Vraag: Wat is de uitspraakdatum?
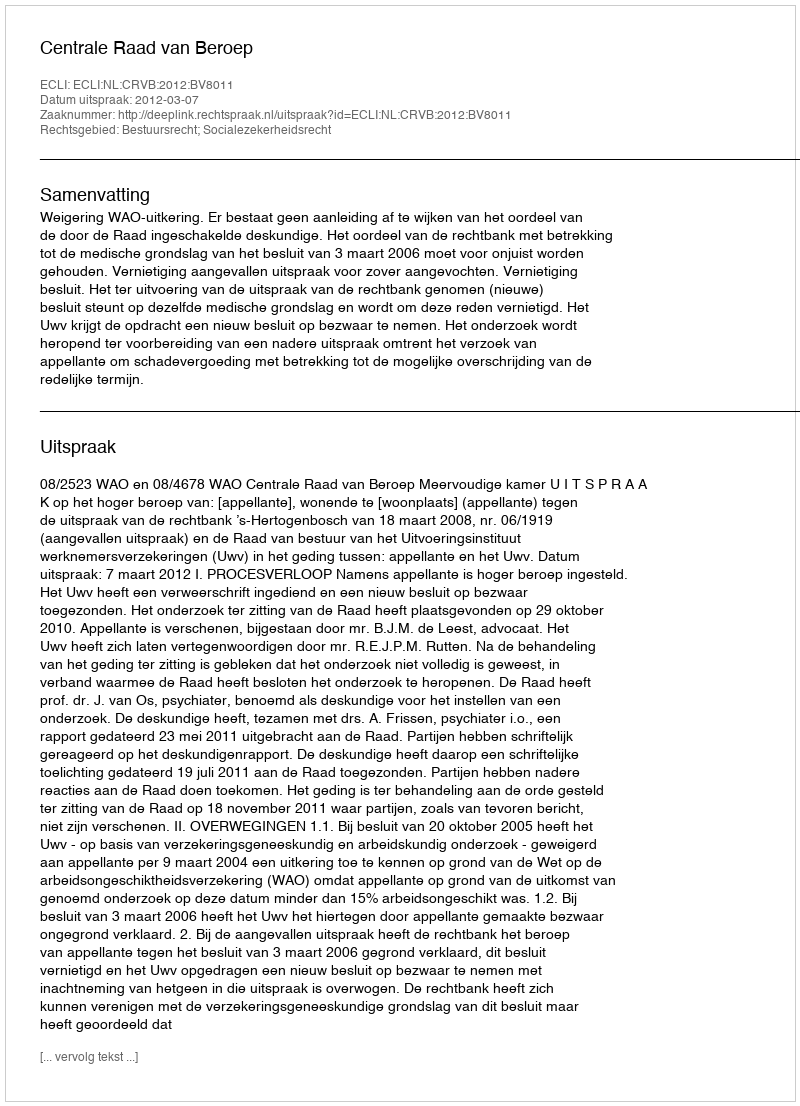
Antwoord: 2012-03-07